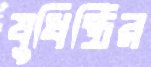
যুধিষ্ঠির